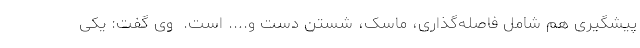
پیشگیری هم شامل فاصله‌گذاری، ماسک، شستن دست و.... است. ‌ وی گفت: یکی